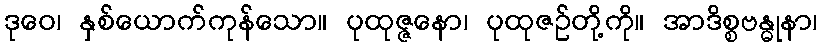
ဒုဝေ၊ နှစ်ယောက်ကုန်သော။ ပုထုဇ္ဇနော၊ ပုထုဇဉ်တို့ကို။ အာဒိစ္စဗန္ဓုနာ၊